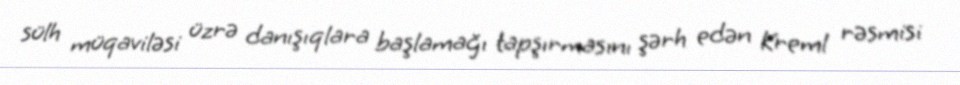
sülh müqaviləsi üzrə danışıqlara başlamağı tapşırmasını şərh edən Kreml rəsmisi